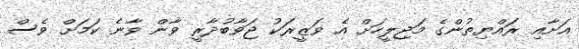
އަށާއި ރައްޔިތުންގެ މަޖިލީހަށް އެ ވަޒީރަކު ޖަވާބުދާރީ ވާން ވާނެ ކަމަށް ވެސް